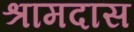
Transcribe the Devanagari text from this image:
श्रामदास